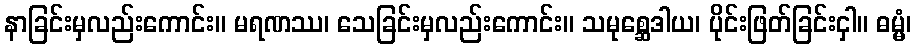
နာခြင်းမှလည်းကောင်း။ မရဏဿ၊ သေခြင်းမှလည်းကောင်း။ သမုစ္ဆေဒါယ၊ ပိုင်းဖြတ်ခြင်းငှါ။ ဓမ္မံ၊